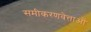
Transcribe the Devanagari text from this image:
समीकरणवेत्ताओं